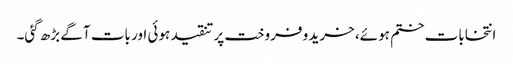
انتخابات ختم ہوئے، خرید و فروخت پر تنقید ہوئی اور بات آگے بڑھ گئی۔